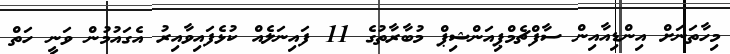
މިހާތަނަށް އިންޑިއާއިން ސާފްޗެމްޕިއަންޝިޕް މުބާރާތުގެ 11 ފައިނަލެއް ކުޅެފައިވާއިރު އެގައުމުން ވަނީ ހަތް